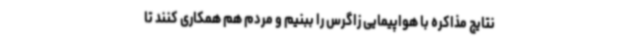
نتایج مذاکره با هواپیمایی زاگرس را ببنیم و مردم هم همکاری کنند تا